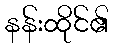
နန်းထိုင်၏